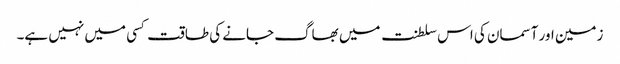
زمین اور آسمان کی اس سلطنت میں بھاگ جانے کی طاقت کسی میں نہیں ہے۔